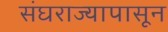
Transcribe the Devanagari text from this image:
संघराज्यापासून